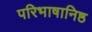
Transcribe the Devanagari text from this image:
परिभाषानिष्ठ